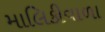
માલિકીવાળા